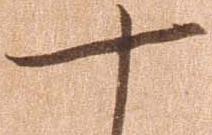
十